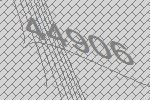
44906